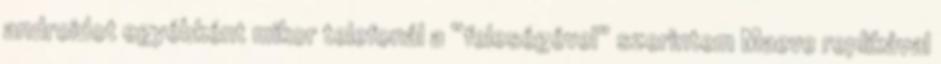
androidot egyébként mikor telefonál a “feleségével” szerintem Maeve replikával